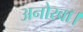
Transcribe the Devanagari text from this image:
अनोखा।